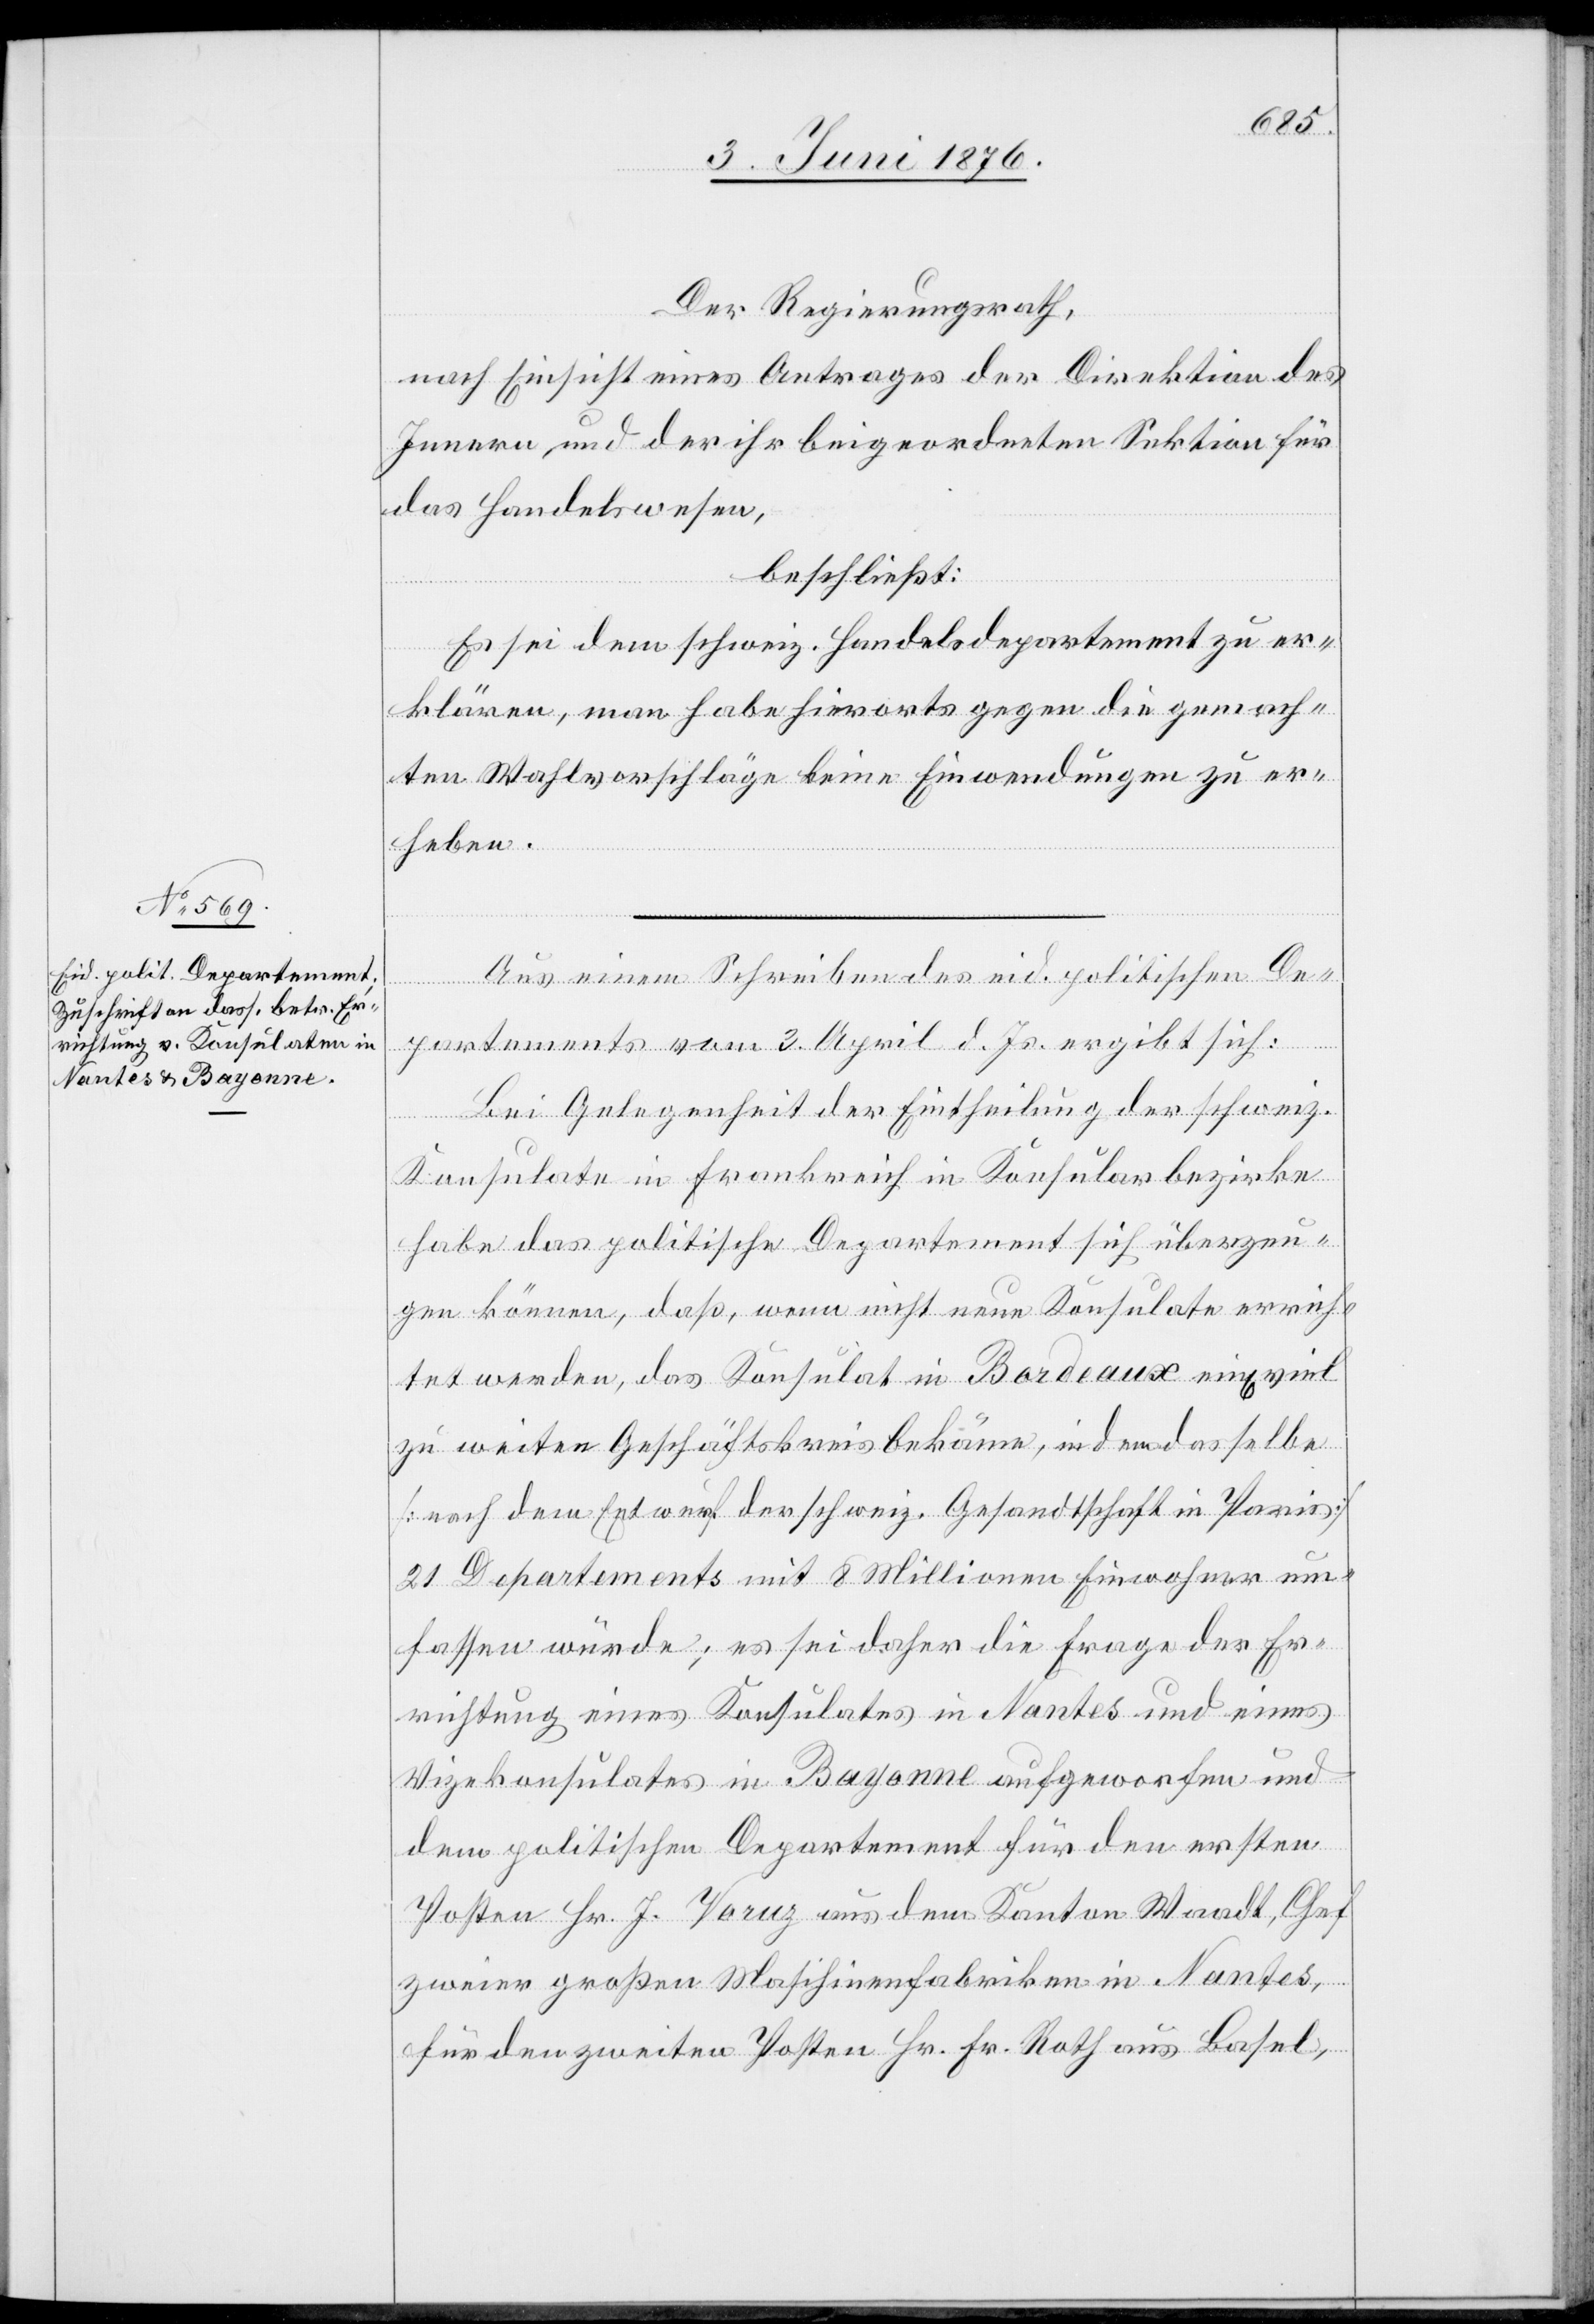
Der Regierungsrath,
nach Einsicht eines Antrages der Direktion des
Innern, und der ihr beigeordneten Sektion für
das Handelswesen,
beschließt:
Es sei dem schweiz. Handelsdepartment zu er¬
klären, man habe hierorts gegen die gemach¬
ten Wahlvorschläge keine Einwendungen zu er¬
heben.
Aus einem Schreiben des eid. politischen De¬
partements vom 3. April d. Js. ergibt sich:
Bei Gelegenheit der Eintheilung der schweiz.
Konsulate in Frankreich in Konsularbezirke
habe das politische Departement sich überzeu¬
gen können, daß, wenn nicht neue Konsulate errich¬
tet werden, das Konsulat in Bordeaux ein[en]
zu weiten Geschäftskreis bekäme, in dem dasselbe
[nach dem Entwurf der schweiz. Gesandtschaft in Paris]
21 Departements mit 8 Millionen Einwohnern um¬
fassen würde; es sei daher die Frage der Er¬
richtung eines Konsulates in Nantes und eines
Vizekonsulates in Bayonne aufgeworfen und
dem politischen Department für den ersten
Posten Hr. J. Varuz aus dem Kanton Waadt, Chef
viel
zweier großen Maschinenfabriken in Nantes,
für den zweiten Posten Hr. Fr. Roth aus Basel,